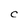
Character: C